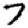
Digit: 7